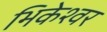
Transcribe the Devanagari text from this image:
भिकेश्वर